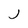
Character: J